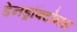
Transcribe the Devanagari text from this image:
डेनड्रॉक्टोनस